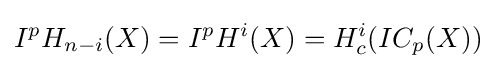
I^{p}H_{n-i}(X)=I^{p}H^{i}(X)=H_{c}^{i}(IC_{p}(X))